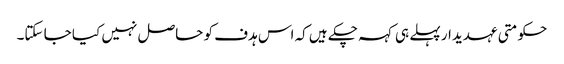
حکومتی عہدیدار پہلے ہی کہہ چکے ہیں کہ اس ہدف کو حاصل نہیں کیا جا سکتا۔